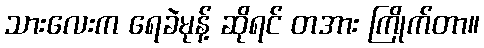
သားလေးက ရေခဲမုန့် ဆိုရင် တအား ကြိုက်တာ။